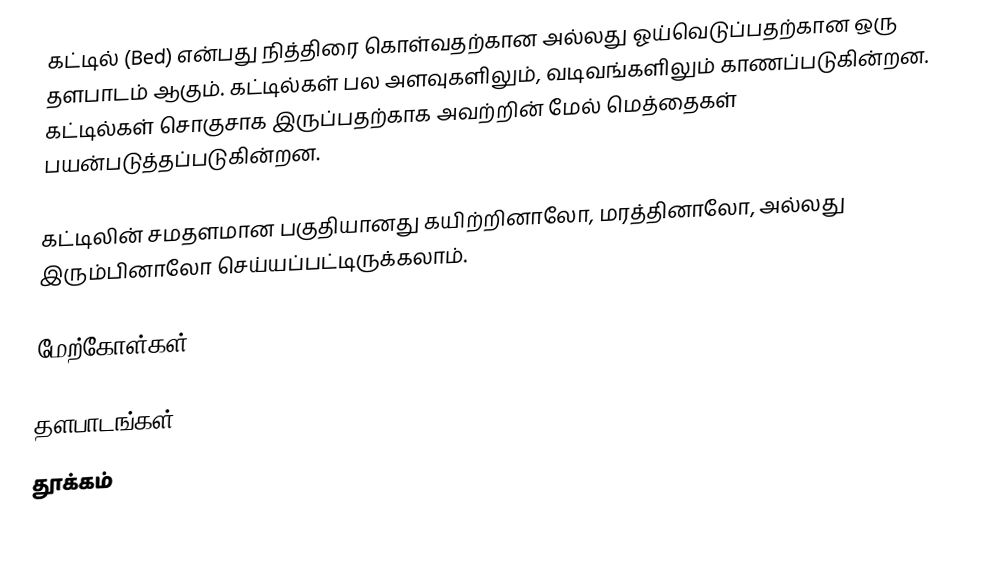
கட்டில் (Bed) என்பது நித்திரை கொள்வதற்கான அல்லது ஓய்வெடுப்பதற்கான ஒரு தளபாடம் ஆகும். கட்டில்கள் பல அளவுகளிலும், வடிவங்களிலும் காணப்படுகின்றன. கட்டில்கள் சொகுசாக இருப்பதற்காக அவற்றின் மேல் மெத்தைகள் பயன்படுத்தப்படுகின்றன.

கட்டிலின் சமதளமான பகுதியானது கயிற்றினாலோ, மரத்தினாலோ, அல்லது இரும்பினாலோ செய்யப்பட்டிருக்கலாம்.

மேற்கோள்கள்

தளபாடங்கள்
தூக்கம்